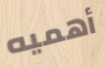
أهميه